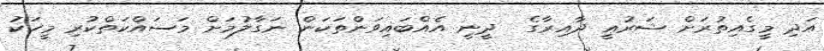
އަދި މީގެއިތުރަށް ޝަރުޢީ ދާއިރާގެ  ދީނީ އެއްބައިވަންތަކަން ނަގާލުމަށް މަސައްކަތްކުރި މީހަކު